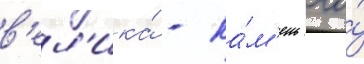
в'ел'ика́ - ка́м'ень его́